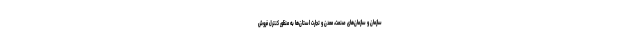
سازمان و سازمان‌های صنعت، معدن و تجارت استان‌ها به منظور کنترل فروش